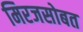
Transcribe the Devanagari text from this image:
मिरजसोबत